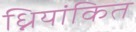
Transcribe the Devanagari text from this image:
ध्नियांकित